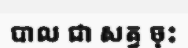
បាល ជា សត្វ ចុះ